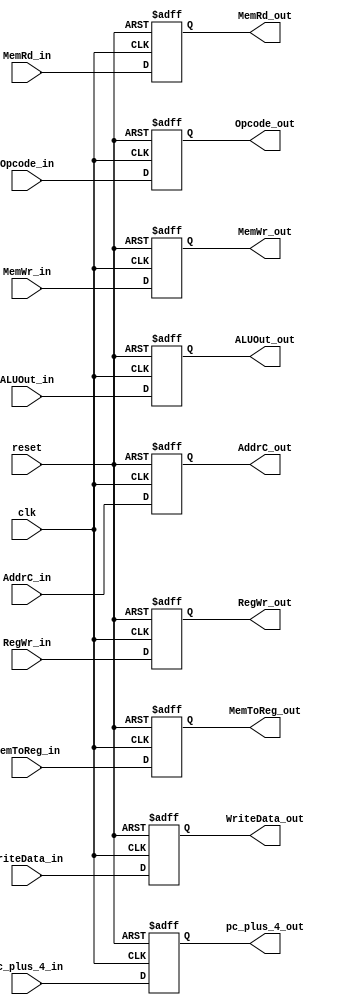
module EX_MEM(clk,reset,MemRd_in,MemRd_out,MemWr_in,MemWr_out,MemToReg_in,
	MemToReg_out,RegWr_in,RegWr_out,ALUOut_in,ALUOut_out,WriteData_in,
	WriteData_out,pc_plus_4_in,pc_plus_4_out,AddrC_in,AddrC_out,Opcode_in,Opcode_out);
input clk,reset,MemRd_in,MemWr_in,RegWr_in;
input [1:0] MemToReg_in;
input [4:0] AddrC_in;
input [5:0] Opcode_in;
input [31:0] ALUOut_in,WriteData_in,pc_plus_4_in;
output reg MemRd_out,MemWr_out,RegWr_out;
output reg [1:0] MemToReg_out;
output reg [4:0] AddrC_out;
output reg [5:0] Opcode_out;
output reg [31:0] ALUOut_out,WriteData_out,pc_plus_4_out;

always@(posedge clk or negedge reset)
begin
if(~reset) begin
MemRd_out<=1'b0;
MemWr_out<=1'b0;
RegWr_out<=1'b0;
MemToReg_out<=2'b00;
ALUOut_out<=32'h00000000;
WriteData_out<=32'h00000000;
pc_plus_4_out<=32'h00000000;
AddrC_out<=32'h00000000;
Opcode_out<=6'b0;
end

else begin
MemRd_out<=MemRd_in;
MemWr_out<=MemWr_in;
RegWr_out<=RegWr_in;
MemToReg_out<=MemToReg_in;
ALUOut_out<=ALUOut_in;
WriteData_out<=WriteData_in;
pc_plus_4_out<=pc_plus_4_in;
AddrC_out<=AddrC_in;
Opcode_out<=Opcode_in;
end

end
endmodule